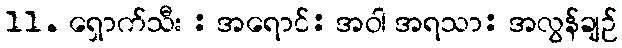
11. ရှောက်သီး : အရောင်: အဝါ အရသာ: အလွန်ချဉ်